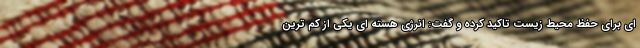
ای برای حفظ محیط زیست تاکید کرده و گفت: انرژی هسته ای یکی از کم ترین